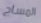
المساج